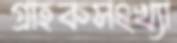
গ্রাহকসংখ্যা